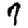
Digit: 7